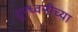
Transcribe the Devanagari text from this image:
दूरध्वनीच्या